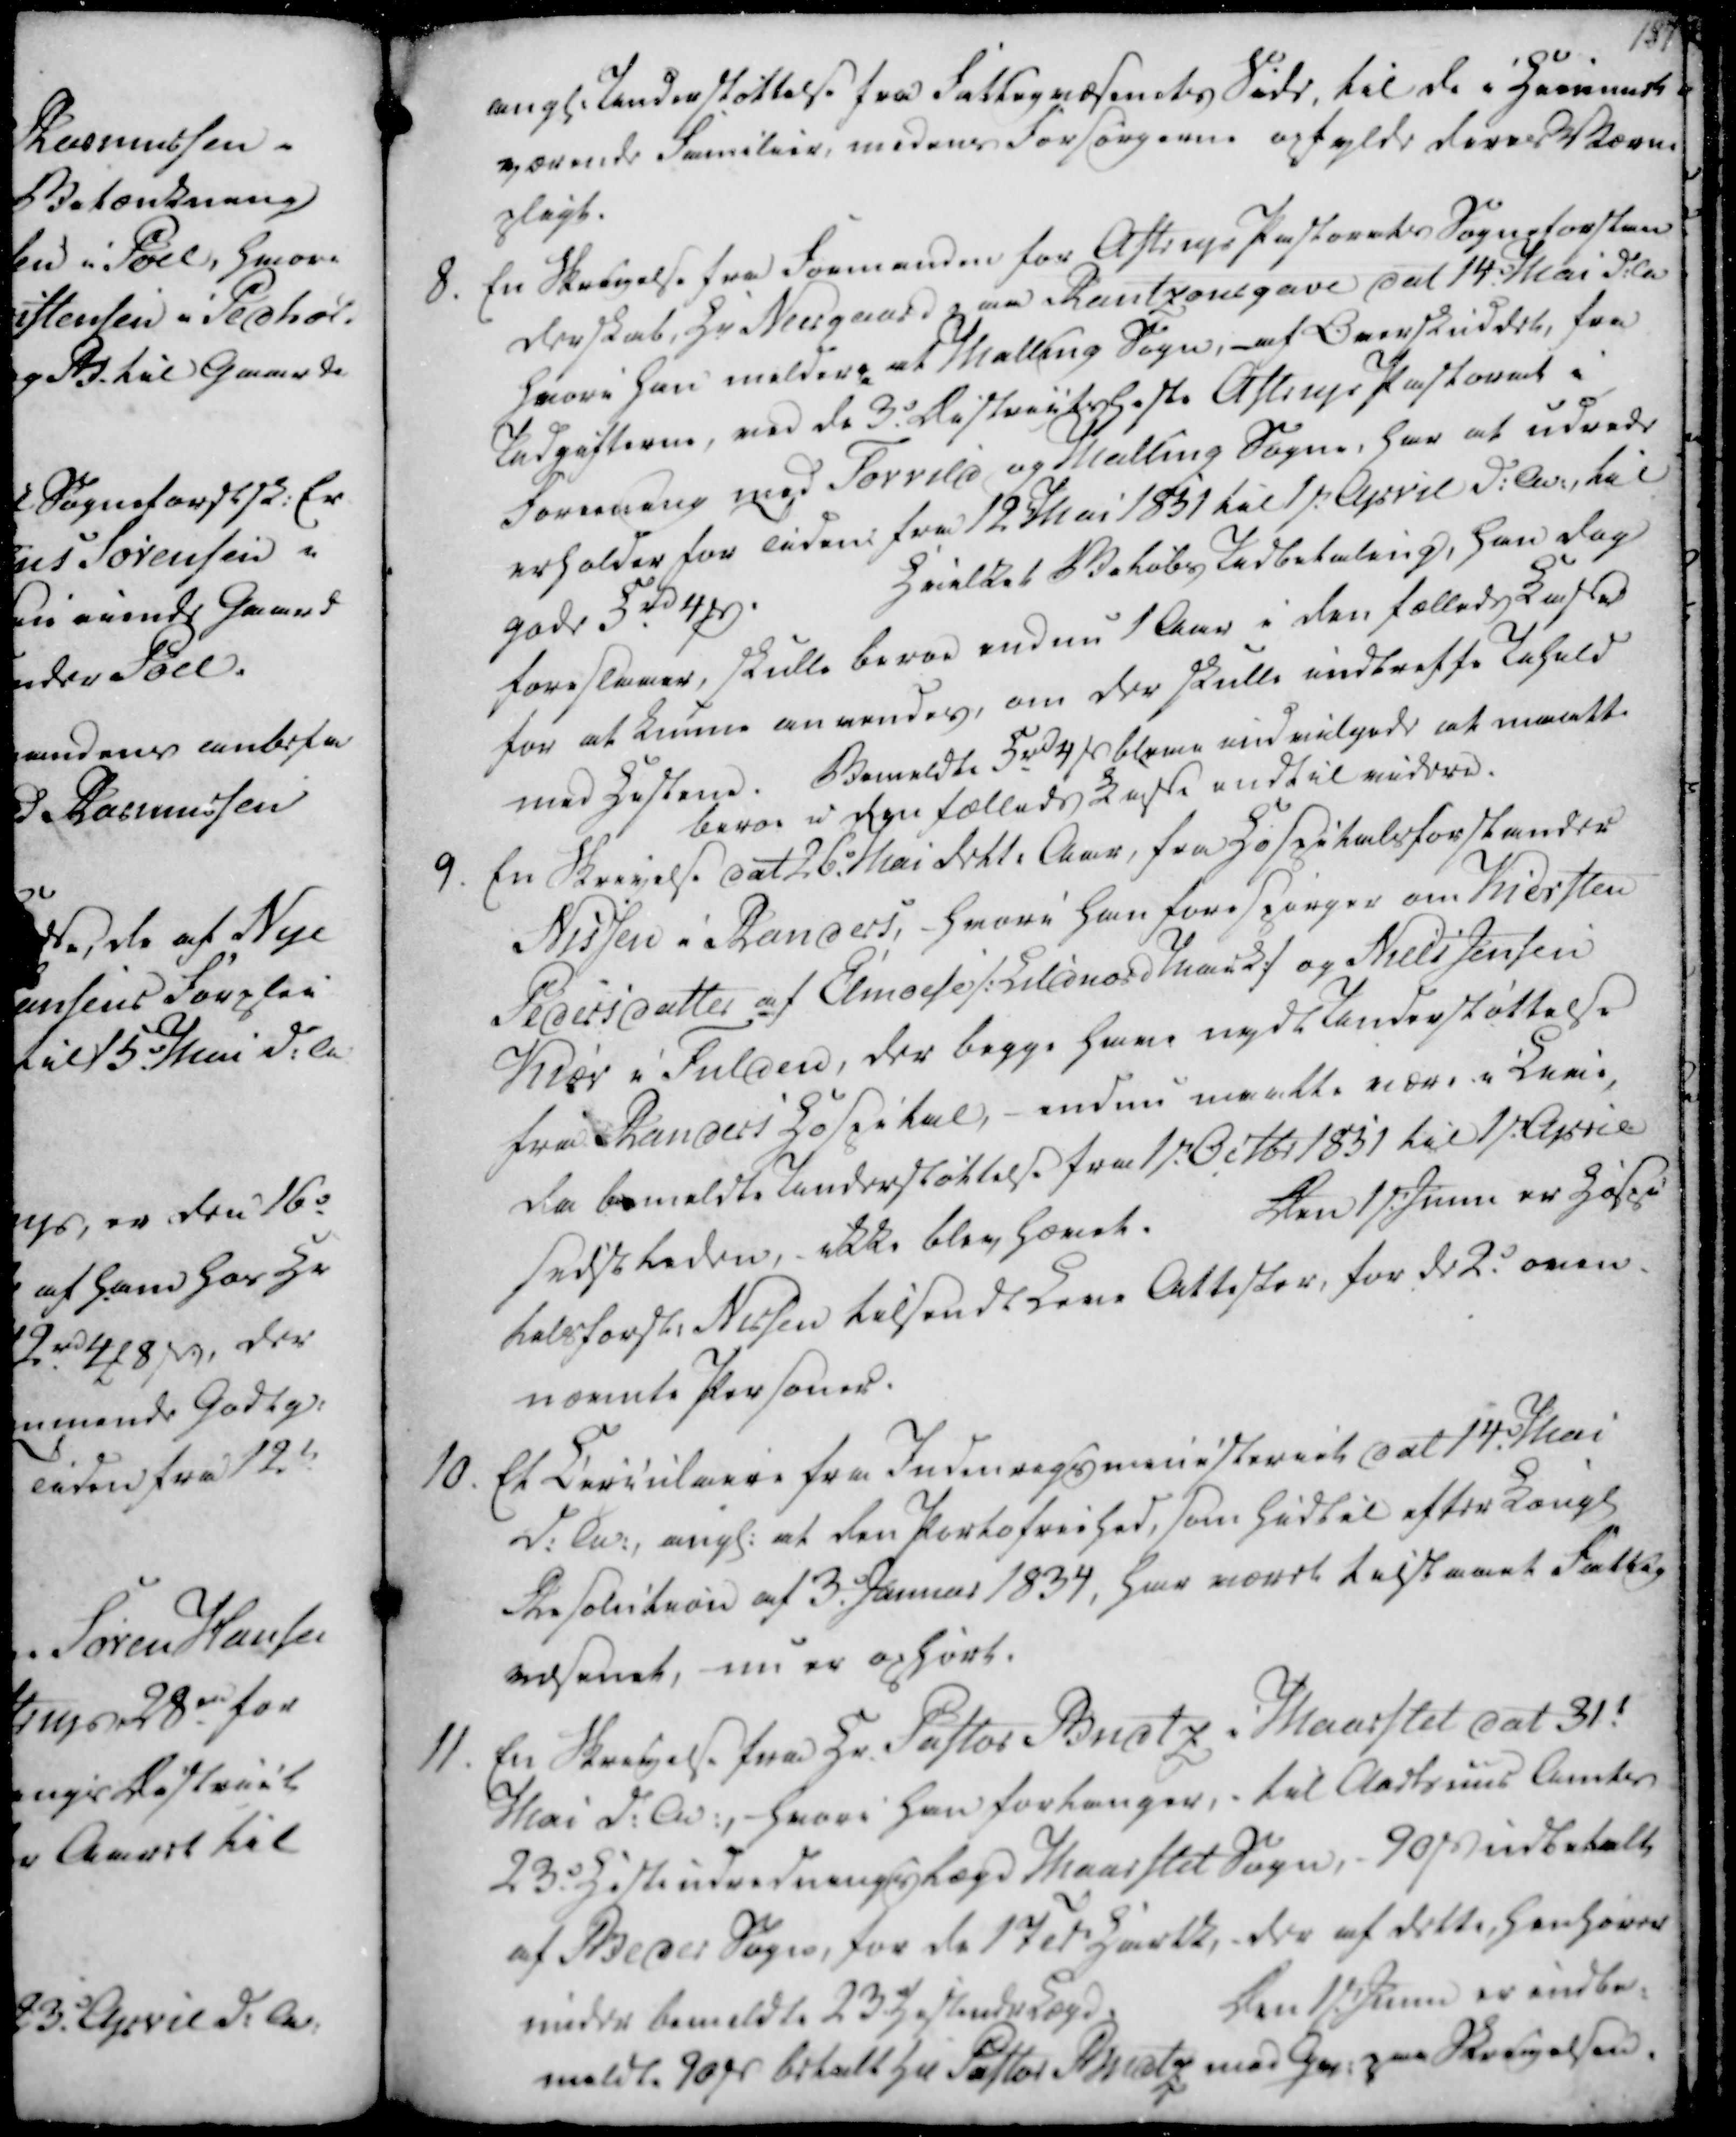
Transskription:
angl. Understøttelse fra Fattigvæsenets Side, til de i Hiemmet

værende Familier, medens Forsørgerne opfylde deres Værne

pligt.

8. En Skrivelse fra Formanden for Astrup Pastorats Sogneforstan

derskab, Hr. Neesgaard paa Rantzausgave dat 14. Mai d.A

hvori han melder, at Malling Sogn, - af Overskuddet, fra

Udgifterne, ved de 3. Districtsheste Astrup Pastorat i

Forening med Torrild og Malling Sogne, har at udrede

erholder for Tiden fra 12 Mai 1851 til 1st. April d.A., til

gode 5 rd 4 ẞ.

Hvilket Beløbs Indbetaling, han dog

foreslaaer, skulle beroe endnu 1 Aar i den fælleds Kasse

for at kunne anvendes, om der skulle indtreffe Udfald

med Hestene.

Bemeldte 5 rd 4 ẞ bleve indvilgede at maatte

beroe i den fælleds Kasse indtil videre.

angl. Understøttelse fra Fattigvæsenets Side, til de i Hiemmet
værende Familier, medens Forsørgerne opfylde deres Værne
pligt.
8. En Skrivelse fra Formanden for Astrup Pastorats Sogneforstan
derskab, Hr. Neesgaard paa Rantzausgave dat 14. Mai d.A
hvori han melder, at Malling Sogn, - af Overskuddet, fra
Udgifterne, ved de 3. Districtsheste Astrup Pastorat i
Forening med Torrild og Malling Sogne, har at udrede
erholder for Tiden fra 12 Mai 1851 til 1st. April d.A., til
gode 5 rd 4 ẞ.
Hvilket Beløbs Indbetaling, han dog
foreslaaer, skulle beroe endnu 1 Aar i den fælleds Kasse
for at kunne anvendes, om der skulle indtreffe Udfald
med Hestene.
Bemeldte 5 rd 4 ẞ bleve indvilgede at maatte
beroe i den fælleds Kasse indtil videre.

9. En Skrivelse dat 26. Mai dett. Aar, fra Hospitalsforstander

Nissen i Randers, - hvori han forespørger om Kiersten

Pedersdatter af Elmose /: Lildnord Mark :/ og Niels Jensen

Kiær i Fulden, der begge have nydt Understøttelse

fra Randers Hospital, - endnu maatte være i Live,

da bemeldte Understøttelse fra 1st. Octbr 1851 til 1st. April

sidstleden, ikke blev hævet.

Den 1st. Junii er Hospi-

talsforst. Nissen tilsendt Leve Attester, for de 2. oven-

nævnte Personer.

9. En Skrivelse dat 26. Mai dett. Aar, fra Hospitalsforstander
Nissen i Randers, - hvori han forespørger om Kiersten
Pedersdatter af Elmose /: Lildnord Mark :/ og Niels Jensen
Kiær i Fulden, der begge have nydt Understøttelse
fra Randers Hospital, - endnu maatte være i Live,
da bemeldte Understøttelse fra 1st. Octbr 1851 til 1st. April
sidstleden, ikke blev hævet.
Den 1st. Junii er Hospi-
talsforst. Nissen tilsendt Leve Attester, for de 2. oven-
nævnte Personer.

10. Et Circulaire fra Indenrigsministeriet dat 14. Mai

d.A., angl. at den Portofriihed, som hidtil efter Kongl

Resolution af 3. Januar 1834, har været tilstaaet Fattig

væsenet, nu er ophørt.

11. En Skrivelse fra Hr. Pastor Budtz i Maarslet dat 31.

Mai d.A., hvori han forlanger, - til Aarhuus Amts

23. Hesteudredningslæge Maarslet Sogn, - 90 ẞ udbetalt

af Beder Sogn, for de 17 Td. Hartk, der af dette henhører

under bemeldte 23. hesteudr Læge.

Den 1st. Junii er indbe-

meldte 20 ẞ betalt hr Pastor Budtz med Qv. paa Skrivelsen.

10. Et Circulaire fra Indenrigsministeriet dat 14. Mai
d.A., angl. at den Portofriihed, som hidtil efter Kongl
Resolution af 3. Januar 1834, har været tilstaaet Fattig
væsenet, nu er ophørt.
11. En Skrivelse fra Hr. Pastor Budtz i Maarslet dat 31.
Mai d.A., hvori han forlanger, - til Aarhuus Amts
23. Hesteudredningslæge Maarslet Sogn, - 90 ẞ udbetalt
af Beder Sogn, for de 17 Td. Hartk, der af dette henhører
under bemeldte 23. hesteudr Læge.
Den 1st. Junii er indbe-
meldte 20 ẞ betalt hr Pastor Budtz med Qv. paa Skrivelsen.